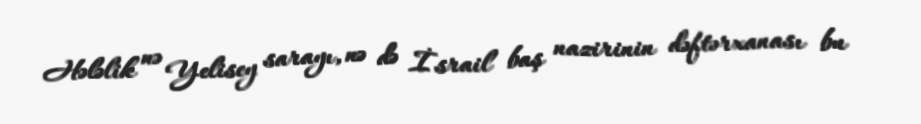
Hələlik nə Yelisey sarayı, nə də İsrail baş nazirinin dəftərxanası bu